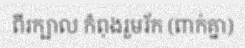
ពីរក្បាល កំពុងរួមរ័ក (ពាក់គ្នា)